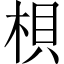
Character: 梖